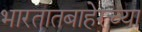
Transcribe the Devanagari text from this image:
भारतातबाहेरच्या